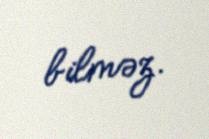
bilməz.